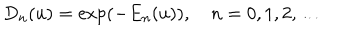
LaTeX: D _ { n } ( u ) = \exp ( - E _ { n } ( u ) ) , \quad n = 0 , 1 , 2 , \ldots